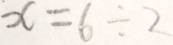
x = 6 \div 2